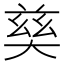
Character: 𡙛